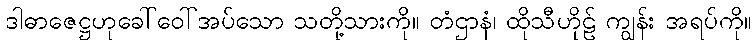
ဒါဓာဇေဋ္ဌဟုခေါ်ဝေါ်အပ်သော သတို့သားကို။ တံဌာနံ၊ ထိုသီဟိုဠ် ကျွန်း အရပ်ကို။